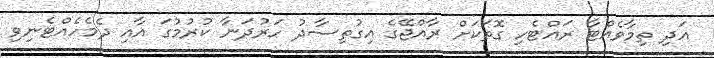
އަދި ތިމާވެއްޓާ ރައްޓެހި ގޮތަކަށް ރާއްޖޭގެ އިގުތިސާދު ހަރުދަނާ ކުރުމުގަ އާއި ދެމެހެއްޓެނިވި